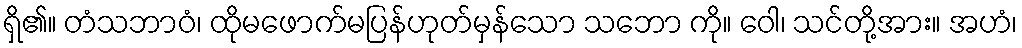
ရှိ၏။ တံသဘာဝံ၊ ထိုမဖောက်မပြန်ဟုတ်မှန်သော သဘော ကို။ ဝေါ၊ သင်တို့အား။ အဟံ၊